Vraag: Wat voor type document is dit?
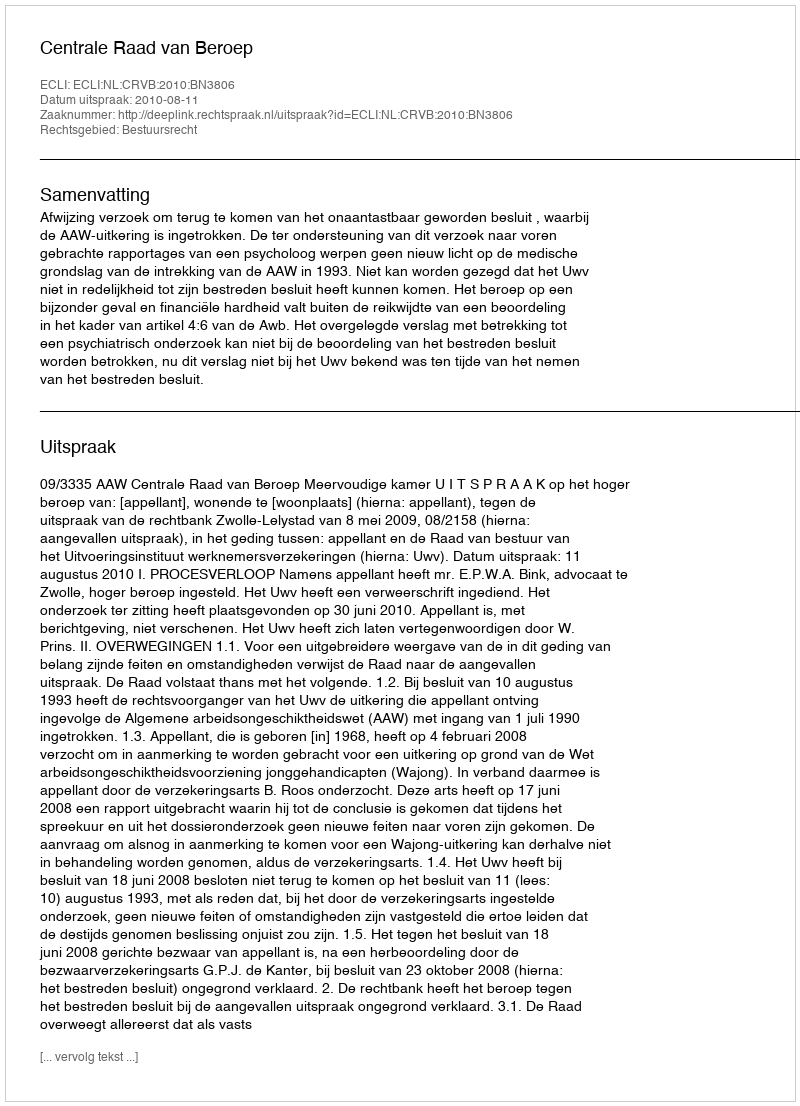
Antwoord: Uitspraak